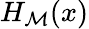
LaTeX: H_{\mathcal{M}}(x)